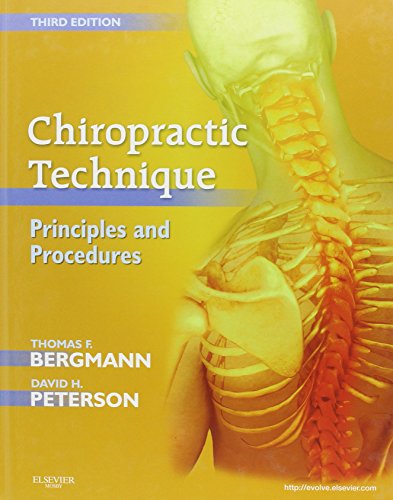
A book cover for Chiropractic Technique: Principles and Procedures, 3e; Thomas F. Bergmann DC; Medical Books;